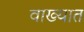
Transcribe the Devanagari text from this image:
वाख्यात